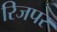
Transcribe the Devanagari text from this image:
रिजपर